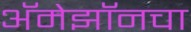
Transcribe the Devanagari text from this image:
अॅमेझॉनचा